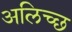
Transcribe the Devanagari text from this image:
अलिच्छ